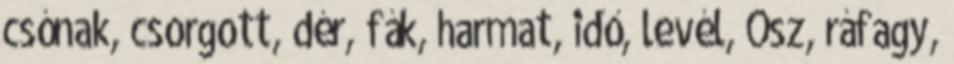
csónak, csorgott, dér, fák, harmat, idő, levél, Ősz, ráfagy,